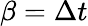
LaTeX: \beta=\Delta t